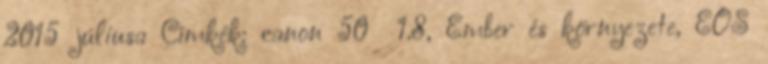
2015 júliusa Címkék: canon 50 1.8, Ember és környezete, EOS